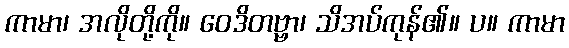
ကာမာ၊ အလိုတို့ကို။ ဝေဒိတဗ္ဗာ၊ သိအပ်ကုန်၏။ ပ။ ကာမာ